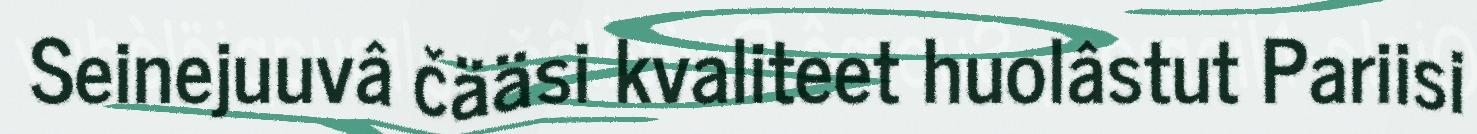
Seinejuuvâ čääsi kvaliteet huolâstut Pariisi